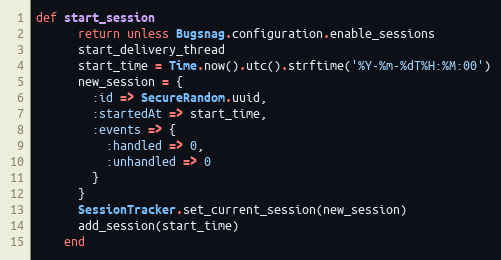
Language: Ruby
def start_session
      return unless Bugsnag.configuration.enable_sessions
      start_delivery_thread
      start_time = Time.now().utc().strftime('%Y-%m-%dT%H:%M:00')
      new_session = {
        :id => SecureRandom.uuid,
        :startedAt => start_time,
        :events => {
          :handled => 0,
          :unhandled => 0
        }
      }
      SessionTracker.set_current_session(new_session)
      add_session(start_time)
    end